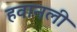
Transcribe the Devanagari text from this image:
हवानली